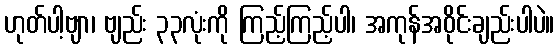
ဟုတ်ပါ့ဗျာ၊ ဗျည်း ၃၃လုံးကို ကြည့်ကြည့်ပါ၊ အကုန်အဝိုင်းချည်းပါပဲ။